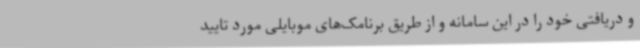
و دریافتی خود را در این سامانه و از طریق برنامک‌های موبایلی مورد تایید